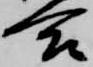
合